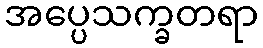
အပ္ပေသက္ခတရာ